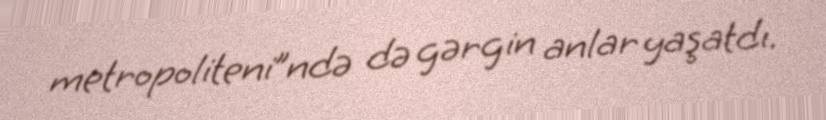
metropoliteni”ndə də gərgin anlar yaşatdı.